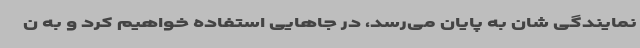
نمایندگی شان به پایان می‌رسد، در جاهایی استفاده خواهیم کرد و به ن